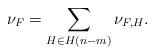
LaTeX: \begin{align*}\nu_F = \sum_{H \in H(n-m)} \nu_{F,H} . \end{align*}